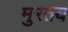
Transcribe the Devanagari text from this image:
मुरतय